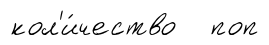
кол'и́чество поп